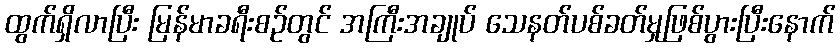
ထွက်ရှိလာပြီး မြန်မာခရီးစဉ်တွင် အကြီးအချုပ် သေနတ်ပစ်ခတ်မှုဖြစ်ပွားပြီးနောက်